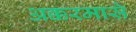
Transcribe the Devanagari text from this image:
अक्करमासे